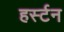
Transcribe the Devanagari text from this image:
हर्स्टन